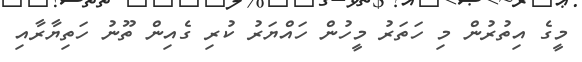
މީގެ އިތުރުން މި ހަތަރު މީހުން ހައްޔަރު ކުރި ގެއިން ތޫނު ހަތިޔާރާއި